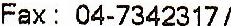
FAX: 04-7342317 /